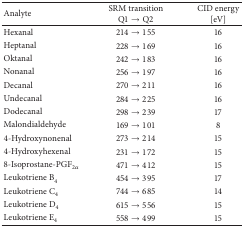
| Analyte | SRM transitionQ1 → Q2 | CID energy [eV] |
 | --- | --- | --- |
 | Hexanal | 214 → 155 | 16 |
 | Heptanal | 228 → 169 | 16 |
 | Oktanal | 242 → 183 | 16 |
 | Nonanal | 256 → 197 | 16 |
 | Decanal | 270 → 211 | 16 |
 | Undecanal | 284 → 225 | 16 |
 | Dodecanal | 298 → 239 | 17 |
 | Malondialdehyde | 169 → 101 | 8 |
 | 4-Hydroxynonenal | 273 → 214 | 15 |
 | 4-Hydroxyhexenal | 231 → 172 | 15 |
 | 8-Isoprostane-PGF2α | 471 → 412 | 15 |
 | Leukotriene B4 | 454 → 395 | 17 |
 | Leukotriene C4 | 744 → 685 | 14 |
 | Leukotriene D4 | 615 → 556 | 15 |
 | Leukotriene E4 | 558 → 499 | 15 |